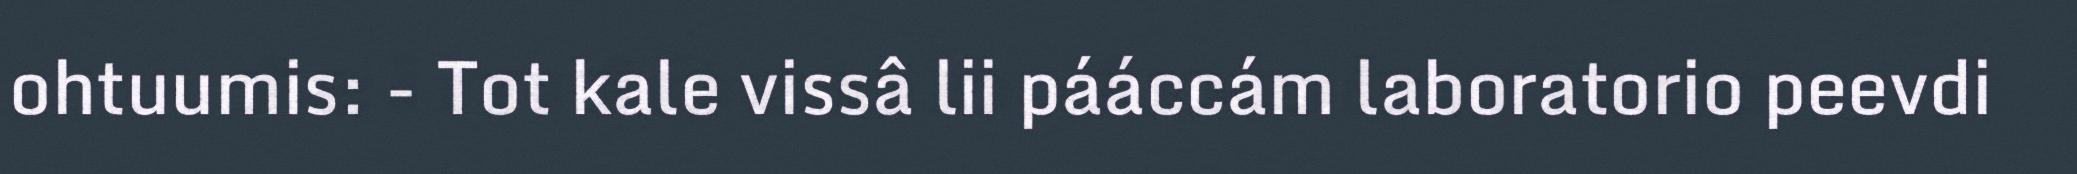
ohtuumis: - Tot kale vissâ lii pááccám laboratorio peevdi